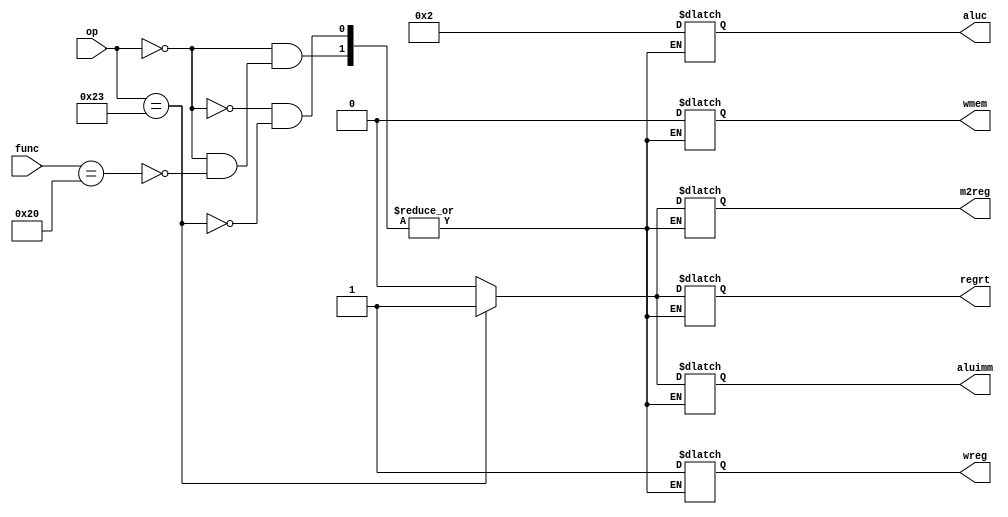
`timescale 1ns / 1ps
//////////////////////////////////////////////////////////////////////////////////
// Company: 
// Engineer: 
// 
// Design Name: 
// Module Name: ControlUnit
// Project Name: 
// Target Devices: 
// Tool Versions: 
// Description: 
// 
// Dependencies: 
// 
// Revision:
// Revision 0.01 - File Created
// Additional Comments:
// 
//////////////////////////////////////////////////////////////////////////////////


module ControlUnit(
    input [5:0] op,
    input [5:0] func,
    output reg wreg,
    output reg m2reg,
    output reg wmem,
    output reg [3:0] aluc,
    output reg aluimm,
    output reg regrt

    );
    
    always @(*) begin
        case (op)
            6'b000000:  //r-type
            begin
                case (func)
                    6'b100000:  //add
                    begin
                        wreg = 1;
                        m2reg = 0;
                        wmem = 0;
                        aluc = 4'b0010;
                        aluimm = 0;
                        regrt = 0;
                    end
                endcase
            end 
            6'b100011: //LW 
            begin
                wreg = 1;
                m2reg = 1;
                wmem = 0;
                aluc = 4'b0010;
                aluimm = 1;
                regrt = 1;
            end
        endcase
    end
endmodule